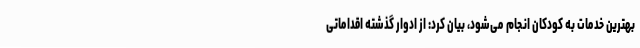
بهترین خدمات به کودکان انجام می‌شود، بیان کرد: از ادوار گذشته اقداماتی